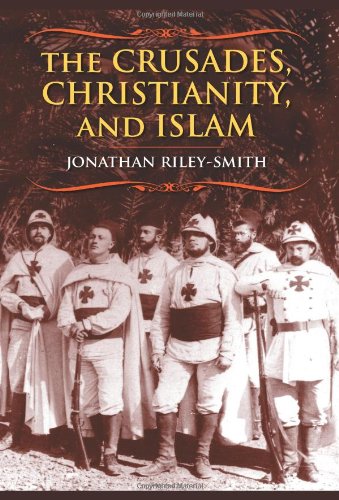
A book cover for The Crusades, Christianity, and Islam (Bampton Lectures in America); Jonathan Riley-Smith; Religion & Spirituality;